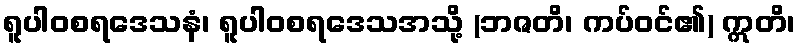
ရူပါဝစရဒေသနံ၊ ရူပါဝစရဒေသအသို့ (ဘဇတိ၊ ကပ်ဝင်၏) ဣတိ၊